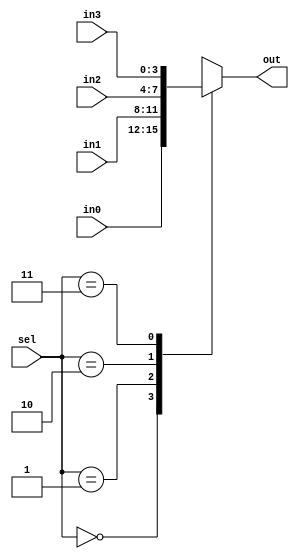
`timescale 1ns / 1ps

module mux(
	   input wire [1:0] sel,
	   input wire [3:0] in0,
	   input wire [3:0] in1,
	   input wire [3:0] in2,
	   input wire [3:0] in3,
	   output reg [3:0] out);

	always@*
	begin
		case (sel)
			2'b00:
				out = in0;
			2'b01:
				out = in1;
			2'b10:
				out = in2;
			2'b11:
				out = in3;
		endcase
	end
endmodule